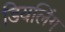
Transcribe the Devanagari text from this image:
डियलिंग